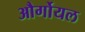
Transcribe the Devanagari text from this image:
और्गोयल